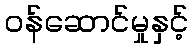
ဝန်ဆောင်မှုနှင့်